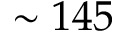
\sim 1 4 5